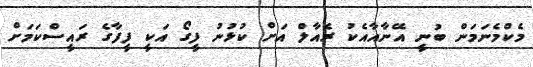
މެކްމެނަމަން ބުނީ އޭނާއާއެކު ރެއާލް އަށް ކުޅުނު ފީގޯ އަކީ ފީފާގެ ރައީސްކަމަށް